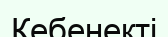
Кебенекті